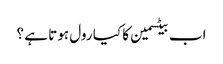
اب بیٹسمین کا کیا رول ہوتا ہے ؟